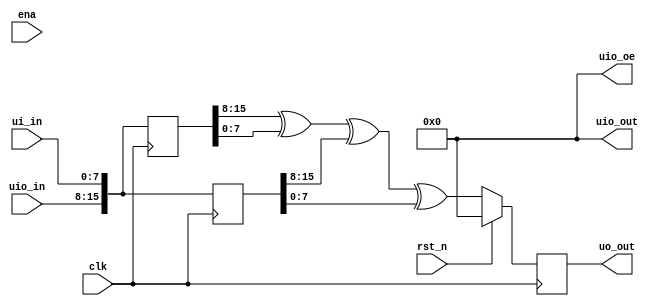
/*
 * Copyright (c) 2024 Your Name
 * SPDX-License-Identifier: Apache-2.0
 */

`default_nettype none

// NOTE! This is assuming the 16/8 configuration for maximum ingress
// of f*4/f MB/s (eg. 200 MB/s in, 50 MB/s at 50 MHz)
// Inputs: (uio_in << 8) | ui_in, DDR encoded, 32b per cycle
// Outputs: uo_out, SDR encoded, 8b per cycle

module tt_um_tommythorn_maxbw (
    input  wire [7:0] ui_in,    // Dedicated inputs
    output wire [7:0] uo_out,   // Dedicated outputs
    input  wire [7:0] uio_in,   // IOs: Input path
    output wire [7:0] uio_out,  // IOs: Output path
    output wire [7:0] uio_oe,   // IOs: Enable path (active high: 0=input, 1=output)
    input  wire       ena,      // always 1 when the design is powered, so you can ignore it
    input  wire       clk,      // clock
    input  wire       rst_n     // reset_n - low to reset
);

  // All output pins must be assigned. If not used, assign to 0.
  assign uio_out = 0;
  assign uio_oe  = 0; // uio is configured as inputs

  // List all unused inputs to prevent warnings
  wire _unused = &{ena, clk};

  // DDR input: two sample flops
  // Low part sampled on rising edge, high part on falling edge
  reg [15:0]	      in_lo, in_hi;
  reg [ 7:0]	      out;
  always @(posedge clk) in_lo <= {uio_in, ui_in};
  always @(negedge clk) in_hi <= {uio_in, ui_in};

  // SDR outputs
  assign uo_out = out;
  always @(posedge clk)
    if (rst_n == 0)
      // This behavior is only available whilst in reset
      out <= in_hi[15:8] ^ in_hi[7:0] ^ in_lo[15:8] ^ in_lo[7:0];  // out = F(in)
    else
      out <= 0;

`ifdef SIM
   initial
     $monitor("%05d  clk %d rst# %d  in %x,%x  out %x   in_lo %x in_hi %x",
	      $time,
	      clk, rst_n, uio_in, ui_in, uo_out,
	      in_lo, in_hi);
`endif
endmodule